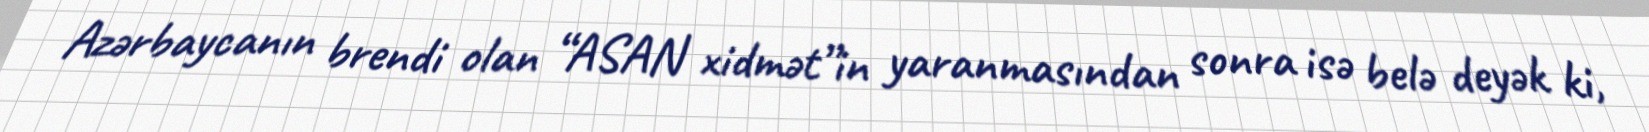
Azərbaycanın brendi olan “ASAN xidmət”in yaranmasından sonra isə belə deyək ki,